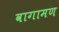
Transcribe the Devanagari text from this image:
वागामण